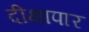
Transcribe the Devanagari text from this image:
दीक्षापार